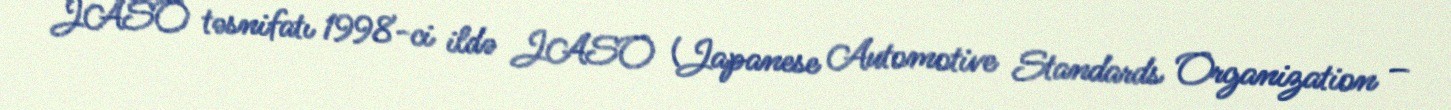
JASO təsnifatı 1998-ci ildə JASO (Japanese Automotive Standards Organization –